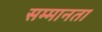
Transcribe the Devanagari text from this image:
सम्मानता